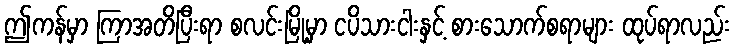
ဤကန်မှာ ကြာအတိပြီးရာ စလင်းမြို့မှာ ငပိသားငါးနှင့် စားသောက်စရာများ ထုပ်ရာလည်း